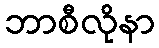
ဘာစီလိုနာ